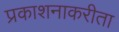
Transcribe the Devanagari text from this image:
प्रकाशनाकरीता